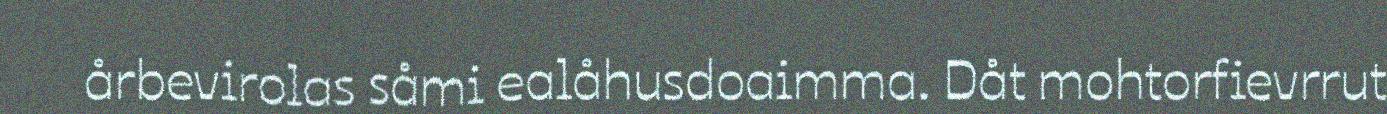
årbevirolas såmi ealåhusdoaimma. Dåt mohtorfievrrut